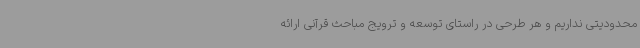
محدودیتی نداریم و هر طرحی در راستای توسعه و ترویج مباحث قرآنی ارائه